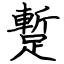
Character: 蹔